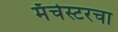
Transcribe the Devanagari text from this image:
मँचेस्टरचा